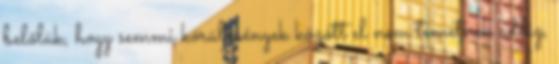
belőlük, hogy semmi körülmények között el nem temetnek addig,